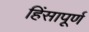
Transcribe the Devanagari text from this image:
हिंसापूर्ण